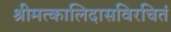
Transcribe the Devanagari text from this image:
श्रीमत्कालिदासविरचितं